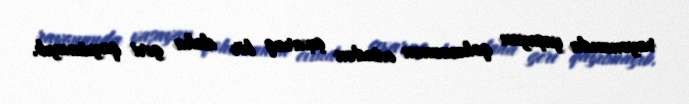
rayonunda yaşayan qohumunun evindən çıxaraq bir daha geri qayıtmayıb.